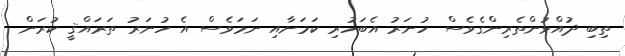
ތިބި ދުއްވުންތެރިންގެވެސް ހުނަރު އެބަހުރި ކަމަށާއި ނަމަވެސް އެ ހުނަރު ތަރައްޤީ ކުރަން